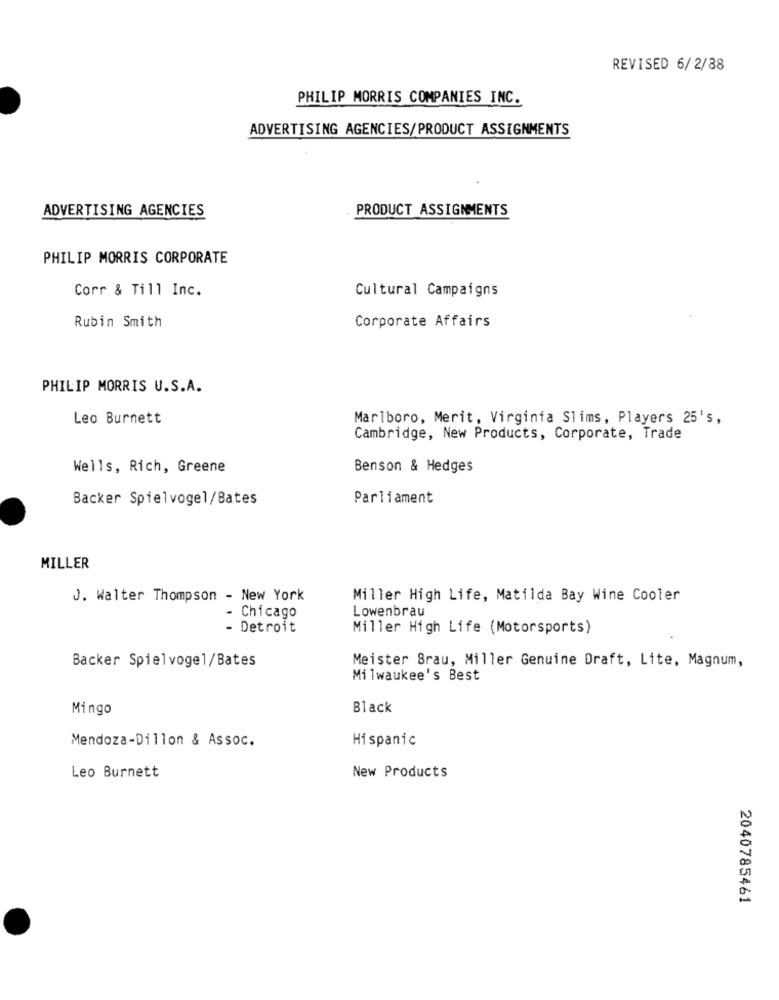
REVISED 6/ 2/88
PHILIP MORRIS COMPANIES INC.
ADVERTISING AGENCIES/PRODUCT ASSIGNMENTS
PRODUCT ASSIGNMENTS
ADVERTISING AGENCIES
PHILIP MORRIS CORPORATE
Corr & Till Inc.
Cultural Campaigns
Rubin Smith
Corporate Affairs
PHILIP MORRIS U.S.A.
Leo Burnett
Marlboro, Merit, Virginia Slims, Players 25's,
Cambridge, New Products, Corporate, Trade
Wells, Rich, Greene
Benson & Hedges
Backer Spielvogel/Bates
Parliament
MILLER
J. Walter Thompson - New York
Miller High Life, Matilda Bay Wine Cooler
- Chicago
Lowenbrau
- Detroit
Miller High Life (Motorsports)
Backer Spielvogel/Bates
Meister Brau, Miller Genuine Draft, Lite, Magnum,
Milwaukee's Best
Mingo
Black
Mendoza-Dillon & Assoc.
Hispanic
Leo Burnett
New Products
2040785461